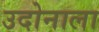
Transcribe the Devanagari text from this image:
उदोनाला